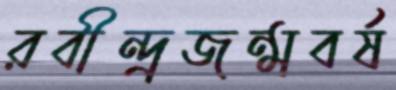
রবীন্দ্রজন্মবর্ষ